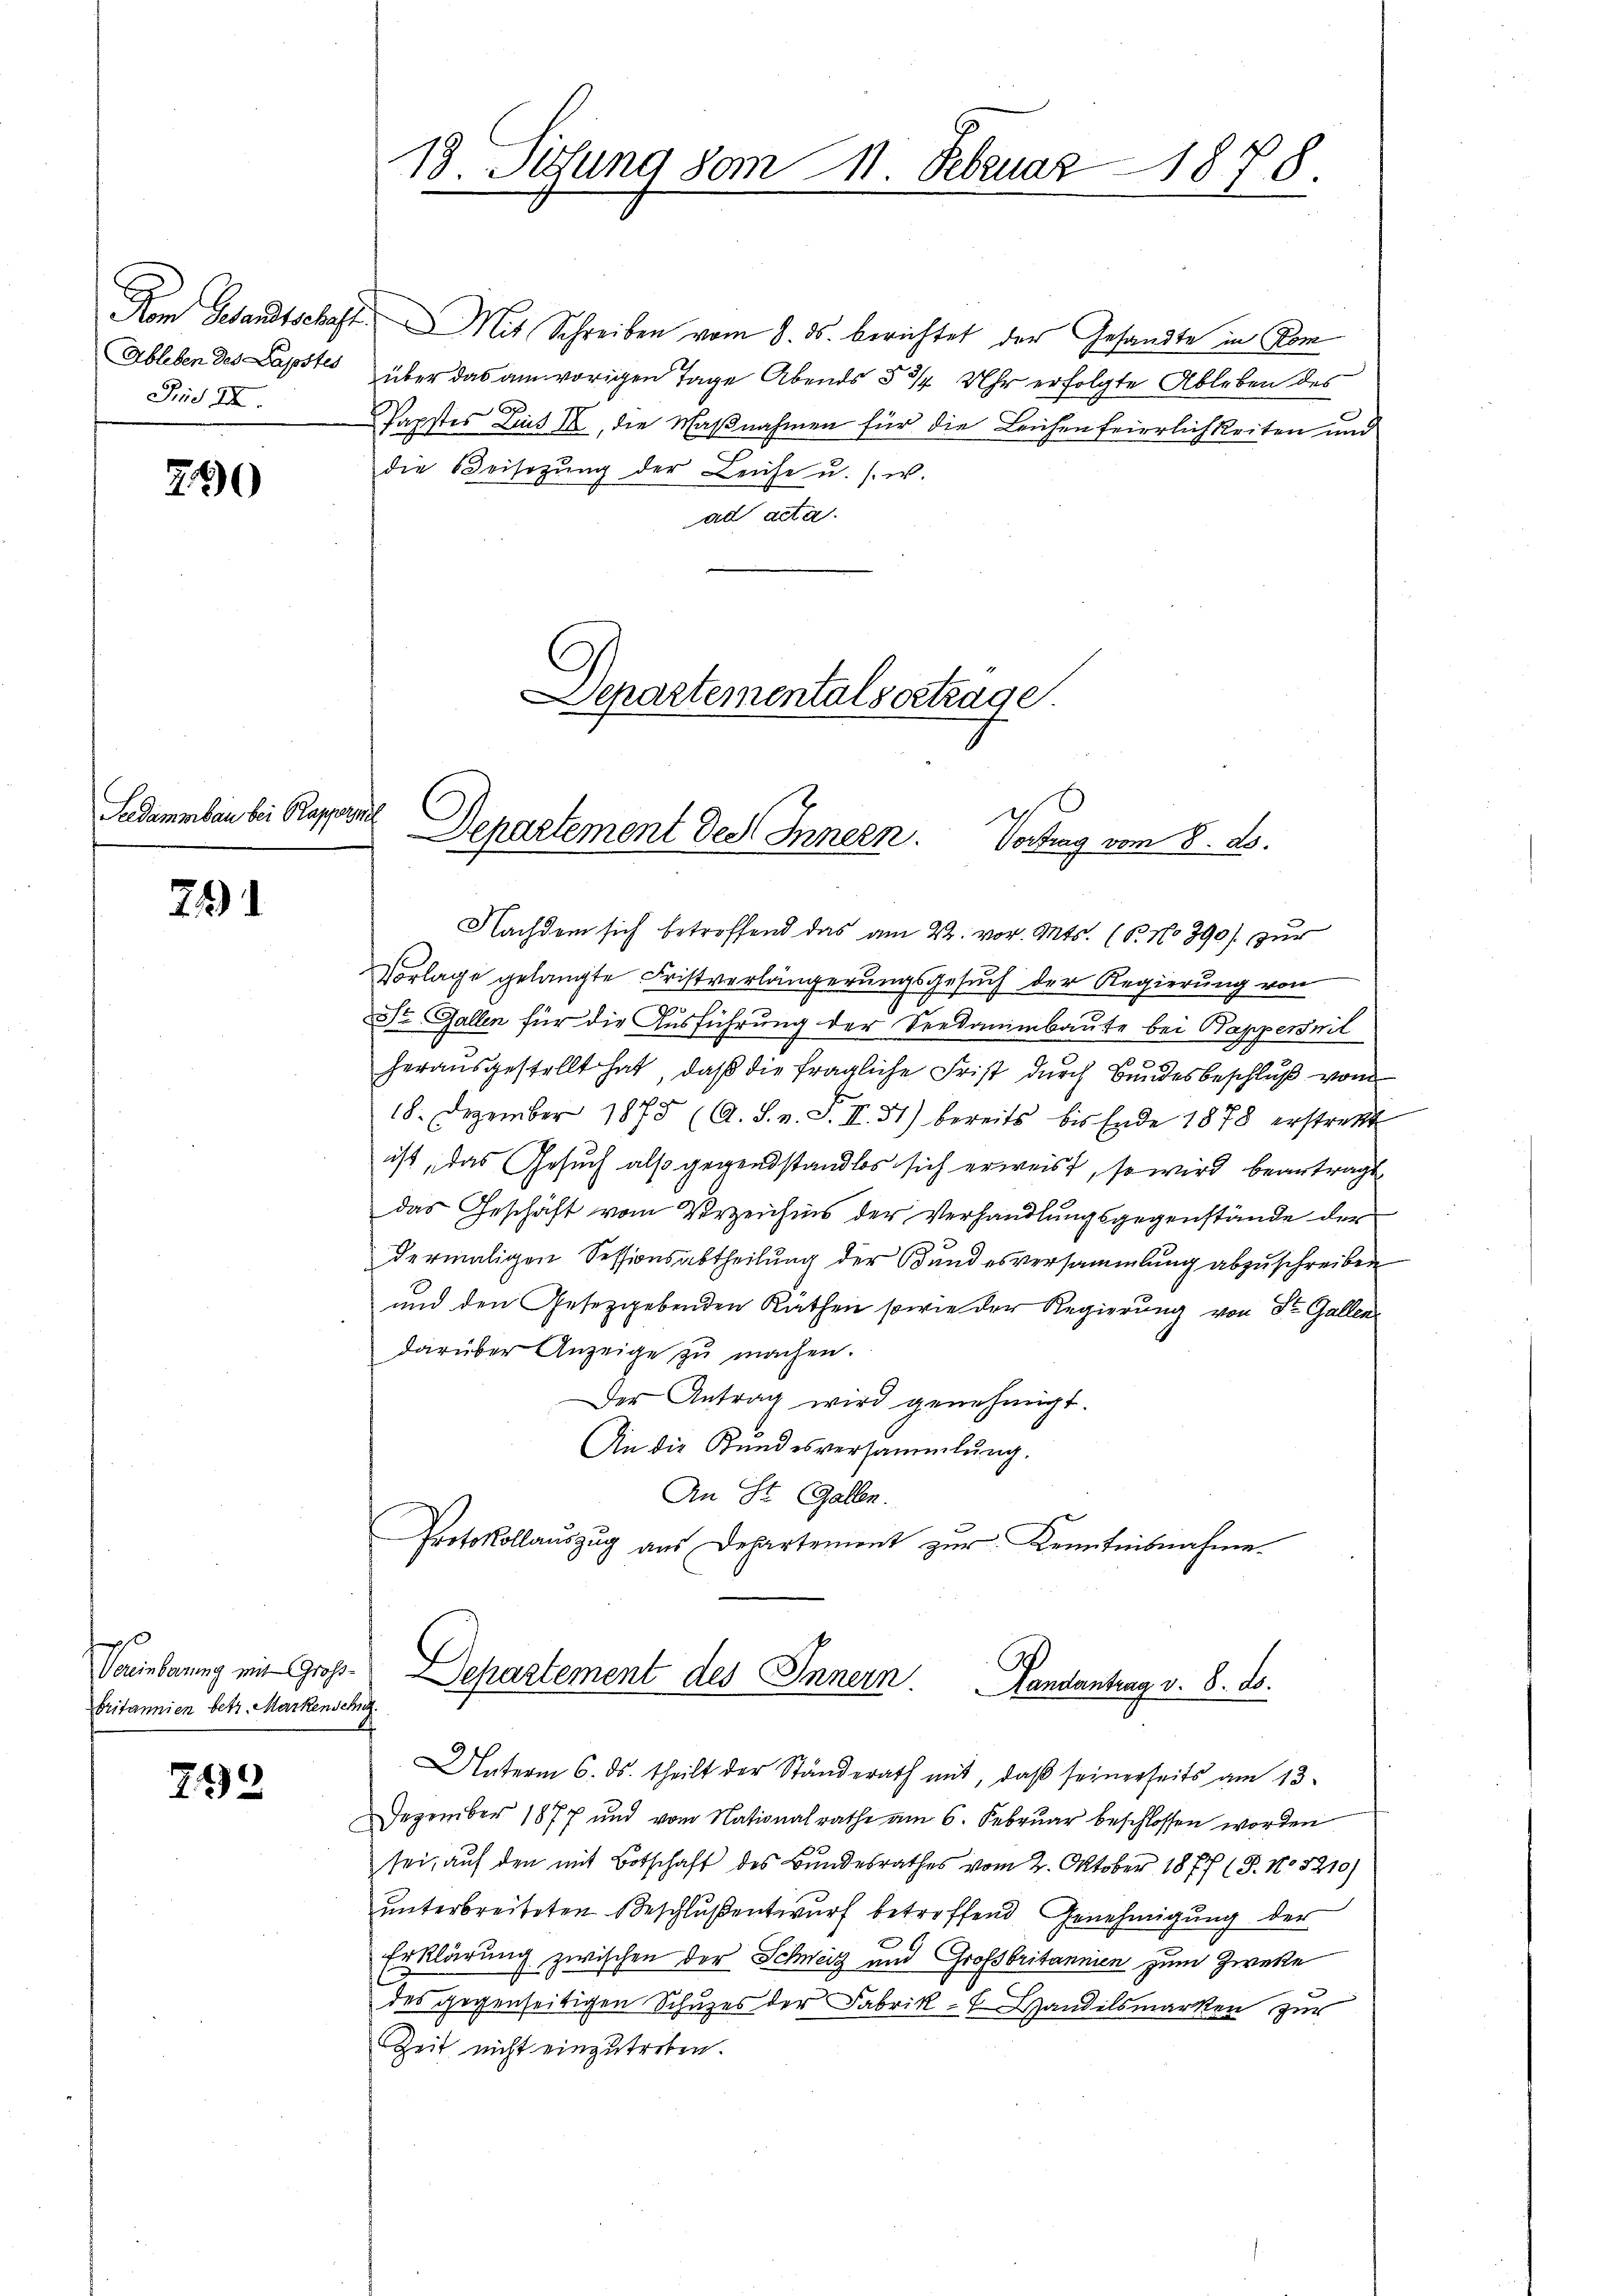
Fid II.

290

Seedammbau bei Rappareil

24

749

p
britannien betr. Markenschn

19. Sitzung vom 11. Februar 1878.
e

Dem Gesandtschaft. Mit Schreiben vom 8. ds. berichtet der Gesandte in Kom
Ableben des Papstes über das am vorigen Tage Abends § 3/4 Uhr erfolgte Ableben des
¬
Papstes Lins II, die Maßnahmen für die Leichen feierlichkeiten und
die Weisezŭng der Leiche u. s. w.
ad acta.

Departementals ortrage
Departement des Innern. Vortrag vom 8. ds.

A
Vereinbarung mit Groß- Departement des Innern. Landantrag v. 8. ds.

Nachdem sich betreffend das am 22. vor. Mts. (T. No 390) zur
Vorlage gelangte Fristverlängerungsgesŭch der Regierung von
St. Gallen für die Ausführung der Seedammbaute bei Bappernit
herausgestellt hat, daß die fragliche Frist durch Bundesbeschluß vom
18. Dezember 1875 (A. S. v. S. II. 31) bereits bis Ende 1878 erstrett
ist, das Gesuch also gegendstandlos sich erweist, so wird beantragt
das Geschäft vom Verzeichnis der Verhandlungsgegenstände der
dermaligen Sessionsabtheilung der Bundesversammlung abzuschreiben
und den Gesetzgebenden Räthen sowie der Regierung von St. Gallen
darüber Anzeige zŭ machen.
Der Antrag wird genehmigt.
An die Kundesversammlung.
An St. Gallen.
Protokollaŭszŭg aŭs Departemont zŭr Kenntnisnahme.

Unterm 6. ds. theilt der Ständerath mit, daß seinerseits am 13.
Dezember 1877 und vom Nationalrathe am 6. Februar beschlossen worden
sei, auf den mit Botschaft des Bundesrathes vom 2. Oktober 1877 (8. No 5210)
unterbreiteten Beschlußentwurf betreffend Genehmigung der
Erklärung zwischen der Schweiz und Großbritannien zum Zwecke
des gegenseitigen Schuzes der Fabrik- Handelsmarken zur
Zeit nicht einzutreten.